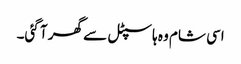
اسی شام وہ ہاسپٹل سے گھر آ گئی۔